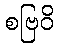
စဗြဝိ